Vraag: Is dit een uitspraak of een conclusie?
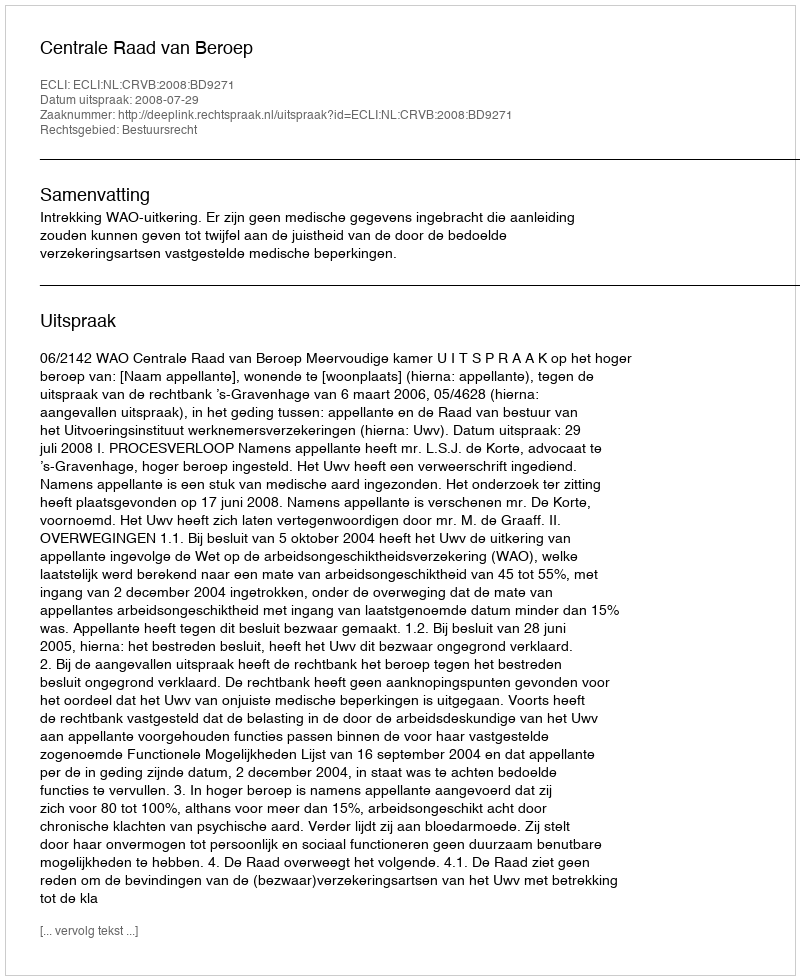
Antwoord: Uitspraak